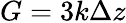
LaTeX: G=3k\Delta z